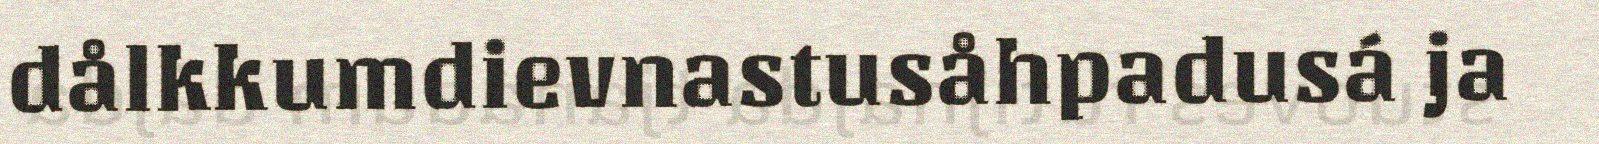
dålkkumdievnastusåhpadusá ja